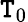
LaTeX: \mathtt{T}_{0}